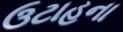
ઉટાહના